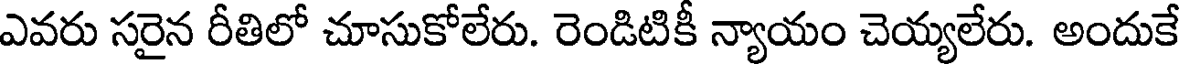
ఎవరు సరైన రీతిలో చూసుకోలేరు. రెండిటికీ న్యాయం చెయ్యలేరు. అందుకే